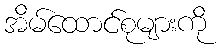
အိမ်ထောင်စုများကို